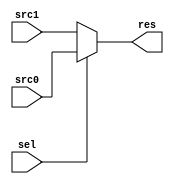
`timescale 1ns / 1ps

module MUX_op2_sel(
input sel,
input [31:0] src0,
input [31:0] src1,
output [31:0] res
);
parameter op2_choose_rd1=1;
parameter op2_choose_imm=0;
assign res = (sel == op2_choose_rd1) ? src0 : src1;
endmodule